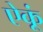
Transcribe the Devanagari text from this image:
ऐकूं